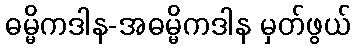
ဓမ္မိကဒါန-အဓမ္မိကဒါန မှတ်ဖွယ်